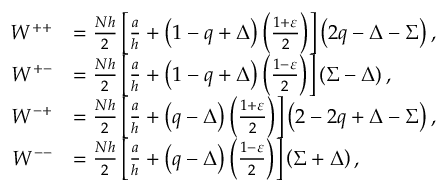
\begin{array} { r l } { W ^ { + + } } & { = \frac { N h } { 2 } \left[ \frac { a } { h } + \left( 1 - q + \Delta \right) \left( \frac { 1 + \varepsilon } { 2 } \right) \right] \left( 2 q - \Delta - \Sigma \right) , } \\ { W ^ { + - } } & { = \frac { N h } { 2 } \left[ \frac { a } { h } + \left( 1 - q + \Delta \right) \left( \frac { 1 - \varepsilon } { 2 } \right) \right] \left( \Sigma - \Delta \right) , } \\ { W ^ { - + } } & { = \frac { N h } { 2 } \left[ \frac { a } { h } + \left( q - \Delta \right) \left( \frac { 1 + \varepsilon } { 2 } \right) \right] \left( 2 - 2 q + \Delta - \Sigma \right) , } \\ { W ^ { -- } } & { = \frac { N h } { 2 } \left[ \frac { a } { h } + \left( q - \Delta \right) \left( \frac { 1 - \varepsilon } { 2 } \right) \right] \left( \Sigma + \Delta \right) , } \end{array}